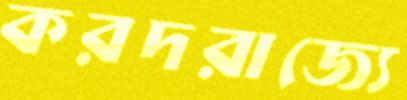
করদরাজ্যে